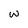
Character: W